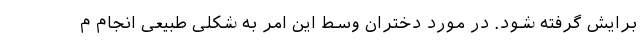
برایش گرفته شود. در مورد دختران وسط این امر به شکلی طبیعی انجام م